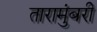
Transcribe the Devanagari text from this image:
तारामुंबरी